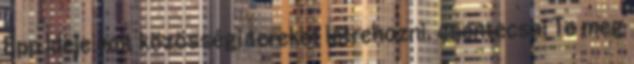
Épp ideje volt közösségi tereket létrehozni. csentecsa: Te meg